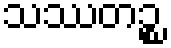
သဿတဉ္စ